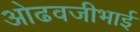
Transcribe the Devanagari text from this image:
ओढवजीभाई